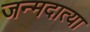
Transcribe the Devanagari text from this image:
जन्मदात्या